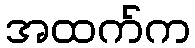
အထက်က